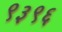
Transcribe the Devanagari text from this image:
९३९६